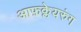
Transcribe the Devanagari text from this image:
आफ़क्लेयरुंग